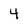
Character: 4